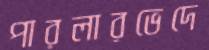
পারলারভেদে